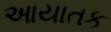
આયાતક